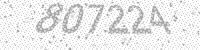
Solution: 807224